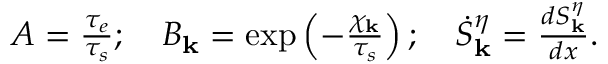
\begin{array} { r } { A = \frac { \tau _ { e } } { \tau _ { s } } ; ~ ~ ~ B _ { \bf k } = \exp \left( - \frac { \chi _ { \bf k } } { \tau _ { s } } \right) ; ~ ~ ~ \dot { S } _ { \bf k } ^ { \eta } = \frac { d S _ { \bf k } ^ { \eta } } { d x } . } \end{array}